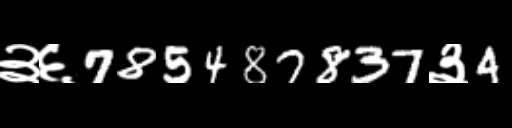
Text: ३६785487837३4